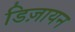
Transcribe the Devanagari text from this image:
डिज़ायन